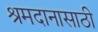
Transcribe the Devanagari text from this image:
श्रमदानासाठी